Civil Veterinary Dept. Bombay admin report 1914-1922 - 1914-1922
Year: 1914
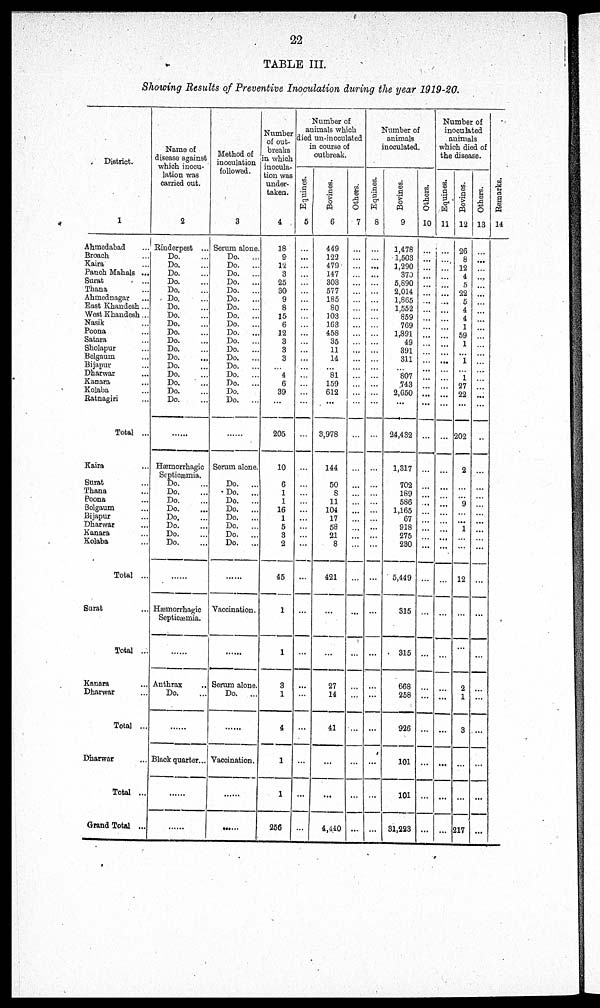
22
TABLE III.
Showing Results of Preventive Inoculation during the year 1919-20.
District.
1
Ahmedabad ...
Broach ...
Kaira ...
Panch Mahals ...
Surat ...
Thana ...
Ahmednagar ...
East Khandesh ...
West Khandesh ...
Nasik ...
Poona ...
Satara ...
Sholapur ...
Belgaum ...
Bijapur ...
Dharwar ...
Kanara ...
Kolaba ...
Ratnagiri ...
Total ...
Kaira ...
Surat ...
Thana ...
Poona ...
Belgaum ...
Bijapur ...
Dharwar ...
Kanara ...
Kolaba ...
Total ...
Surat ...
Total ...
Kanara ...
Dharwar ...
Total ...
Dnarwar ...
Total ...
Grand Total ...
Name of
disease against
which inocu-
lation was
carried out.
2
Rinderpest ...
Do. ...
Do. ...
Do. ...
Do. ...
Do. ...
Do. ...
Do. ...
Do. ...
Do. ...
Do. ...
Do. ...
Do. ...
Do. ...
Do. ...
Do. ...
Do. ...
Do. ...
Do. ...
......
Hæmorrhagic
Septicæmia.
Do. ...
Do. ...
Do. ...
Do. ...
Do. ...
Do. ...
Do. ...
Do. ...
......
Hæmorrhagic
Septicæmia.
......
Anthrax ..
Do.
......
Black quarter...
......
......
Method of
inoculation
followed.
3
Serum alone.
Do.
...
Do.
...
Do.
...
Do.
...
Do.
...
Do.
...
Do.
...
Do.
...
Do.
...
Do.
...
Do.
...
Do.
...
Do.
...
Do.
...
Do.
...
Do.
...
Do. ...
Do.
...
......
Serum alone.
Do.
...
Do.
...
Do.
...
Do.
...
Do.
...
Do.
...
Do.
...
Do.
...
......
Vaccination.
......
Serum alone.
Do.
...
......
Vacoination.
......
......
Number
of out-
breaks
in which
inocula-
tion was
under-
taken.
4
18
9
12
3
25
30
9
8
15
6
12
3
3
3
...
4
6
39
...
205
10
6
1
1
16
1
5
3
2
45
1
1
3
1
4
1
1
256
Number of
animals which
died un-inoculated
in course of
outbreak.
Equines.
5
...
...
...
...
...
...
...
...
...
...
...
...
...
...
...
...
...
...
...
...
...
...
...
...
...
...
...
...
...
...
...
...
...
...
...
...
...
...
Bovines.
6
449
122
479
147
303
577
185
80
103
163
458
35
11
14
...
81
159
612
...
3,978
144
50
8
11
104
17
58
21
8
421
...
...
27
14
41
...
...
4,440
Others.
7
...
...
...
...
...
...
...
...
...
...
...
...
...
...
...
...
...
...
...
...
...
...
...
...
...
...
...
...
...
...
...
...
...
...
...
...
...
...
Number of
animals
inoculated.
Equines.
8
...
...
...
...
...
...
...
...
...
...
...
...
...
...
...
...
...
...
...
...
...
...
...
...
...
...
...
...
...
...
...
...
...
...
...
...
...
...
Bovines.
9
1,478
1,503
1,290
370
5,890
2,014
1,865
1,552
859
769
1,891
49
391
311
...
807
743
2,650
...
24,432
1,317
702
189
586
1,165
67
918
275
230
5,449
315
315
668
258
926
101
101
31,223
Others.
10
...
...
...
...
...
...
...
...
...
...
...
...
...
...
...
...
...
...
...
...
...
...
...
...
...
...
...
...
...
...
...
...
...
...
...
...
...
...
Number of
inoculated
animals
which died of
the disease.
Equines.
11
...
...
...
...
...
...
...
...
...
...
...
...
...
...
...
...
...
...
...
...
...
...
...
...
...
...
...
...
...
...
...
...
...
...
...
...
...
...
Bovines.
12
26
8
12
4
5
22
5
4
4
1
59
1
...
1
...
1
27
22
...
202
2
...
...
9
...
...
1
...
...
12
...
...
2
1
3
...
...
217
Others.
13
...
...
...
...
...
...
...
...
...
...
...
...
...
...
...
...
...
...
...
...
...
...
...
...
...
...
...
...
...
...
...
...
...
...
...
...
...
...
Remarks.
14